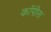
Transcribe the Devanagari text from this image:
कॉपीस